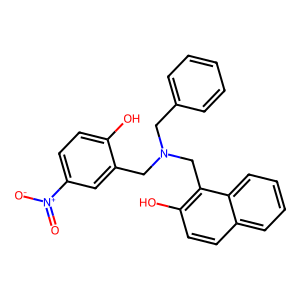
SMILES: O=[N+]([O-])c1ccc(O)c(CN(Cc2ccccc2)Cc2c(O)ccc3ccccc23)c1
Inhibits HIV replication: No